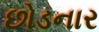
છોડનાર